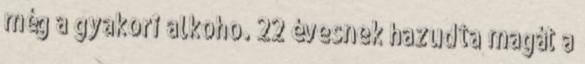
még a gyakori alkoho. 22 évesnek hazudta magát a